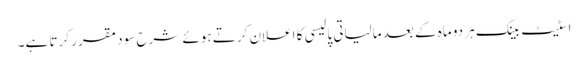
اسٹیٹ بینک ہر دو ماہ کے بعد مالیاتی پالیسی کا اعلان کرتے ہوئے شرح سود مقرر کرتا ہے۔